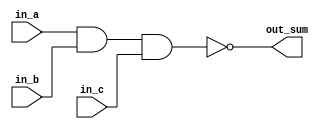
module nand_gate(
    in_a,
    in_b,
    in_c,
    out_sum
);

input in_a;
input in_b;
input in_c;
output out_sum;

assign out_sum = ~(in_a & in_b & in_c);

endmodule